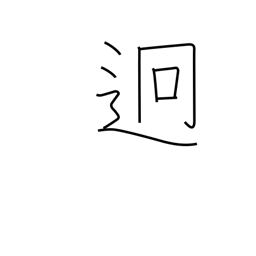
Meaning: far